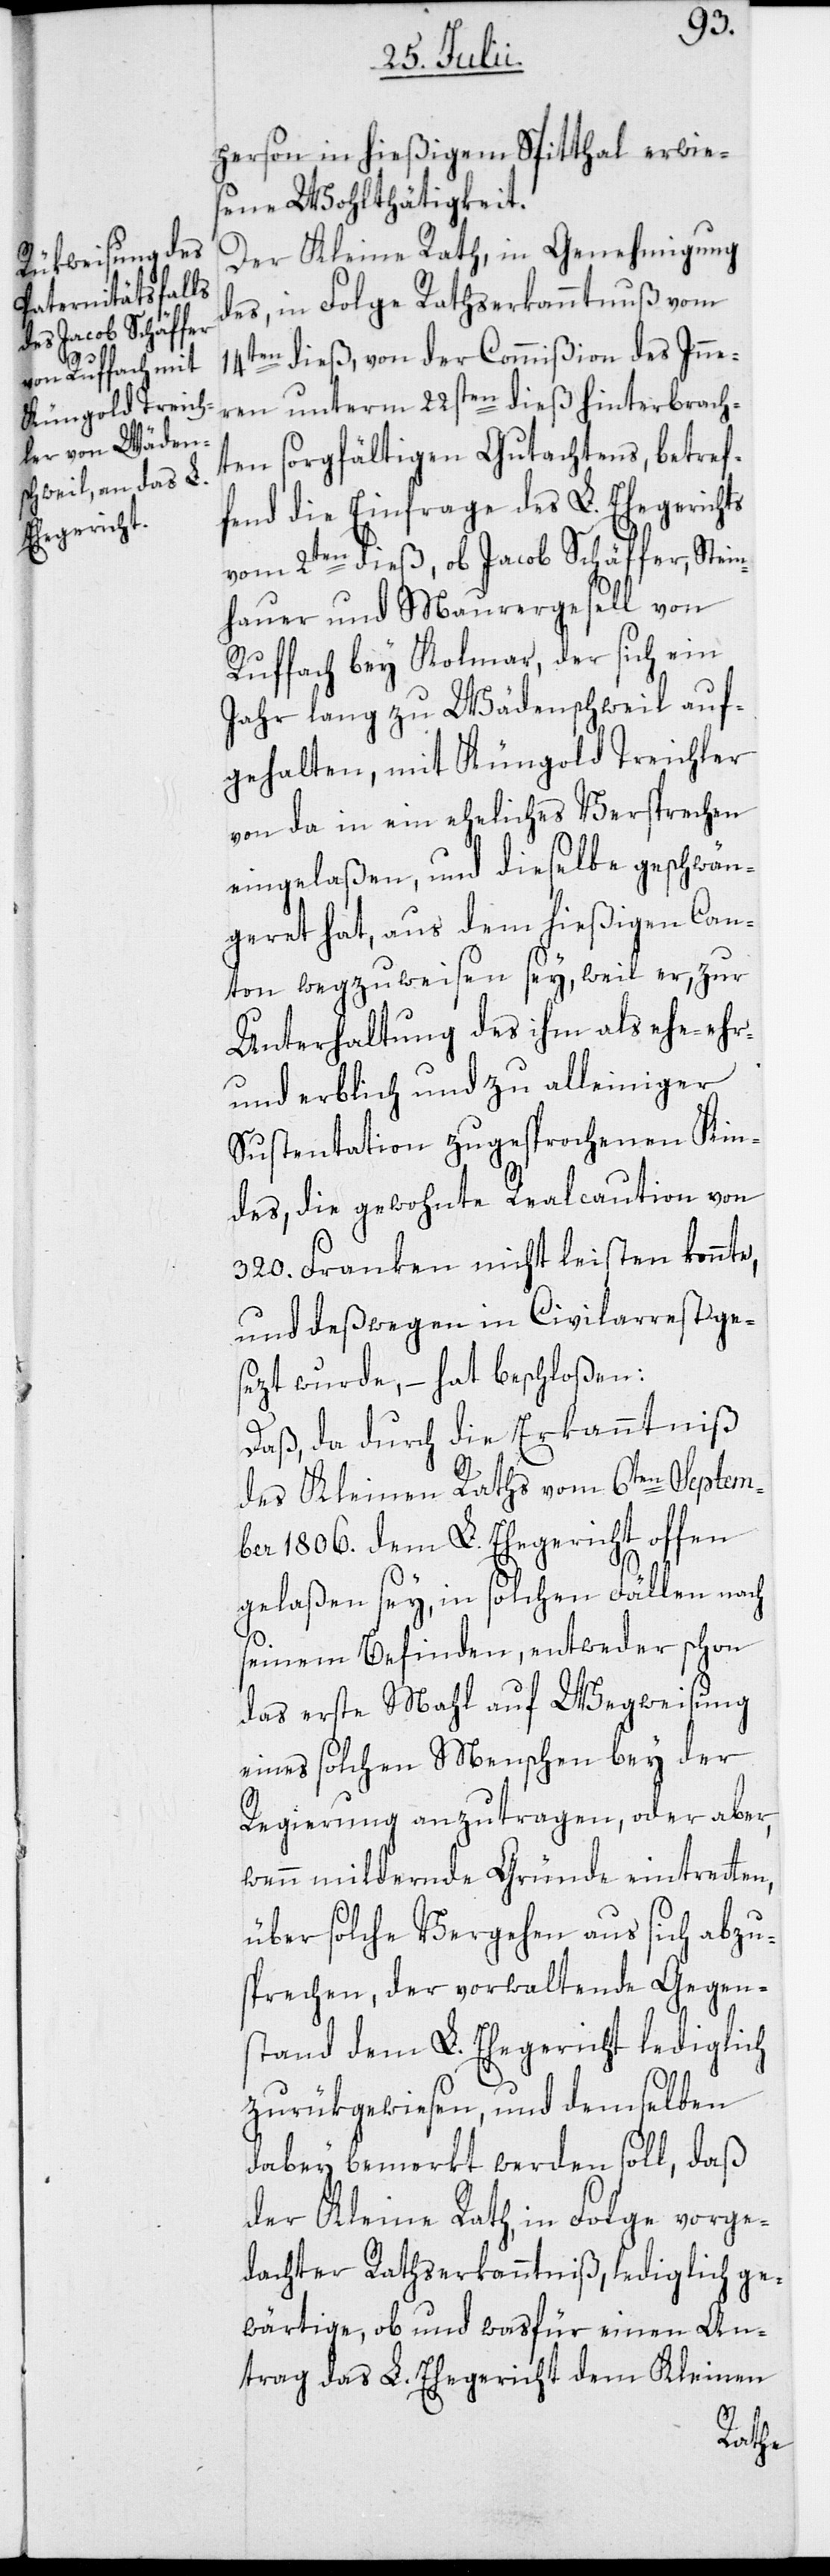
person in hießigem Spitthal erwies¬
ene Wohlthätigkeit.
Der Kleine Rath, in Genehmigung
des, in Folge Rathserkanntnuß vom
14ten dieß, von der Commißion des Inne¬
ren unterm 22sten dieß hinterbrach¬
ten sorgfältigen Gutachtens, betref¬
fend die Einfrage des L. Ehegerichts
vom 2ten dieß, ob Jacob Schäffer, Stein¬
hauer und Maurergesell von
Ruffach bey Kolmar, der sich ein
Jahr lang zu Wädenschweil auf¬
gehalten, mit Küngold Treichler
von da in ein eheliches Versprechen
eingelaßen, und dieselbe geschwän¬
geret hat, aus dem hießigen Can¬
ton wegzuweisen sey, weil er, zur
Unterhaltung des ihm als ehe-[,]
und erblich und zu alleiniger
Sustentation zugesprochenen Kin¬
des, die gewohnte Realcaution von
320. Franken nicht leisten konnte,
und deßwegen in Civilarrest ges¬
ezt wurde, – hat beschloßen:
Daß, da durch die Erkanntniß
des Kleinen Raths vom 6ten Septem¬
ber 1806. dem L. Ehegericht offen
gelaßen sey, in solchen Fällen nach
seinem Befinden, entweder schon
das erste Mahl auf Wegweisung
eines solchen Menschen bey der
Regierung anzutragen, oder aber,
wenn mildernde Gründe eintretten,
über solche Vergehen aus sich abzu¬
sprechen, der vorwaltende Gegen¬
stand dem L. Ehegericht lediglich
zurükgewiesen, und demselben
dabey bemerkt werden soll, daß
der Kleine Rath, in Folge vorge¬
dachter Rathserkanntniß, lediglich ge¬
wärtige, ob und was für einen An¬
trag das L. Ehegericht dem Kleinen